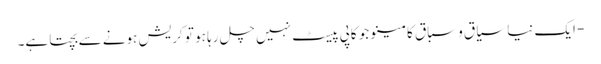
- ایک نیا سیاق و سباق کا مینو جو کاپی پیسٹ نہیں چل رہا ہو تو کریش ہونے سے بچتا ہے۔